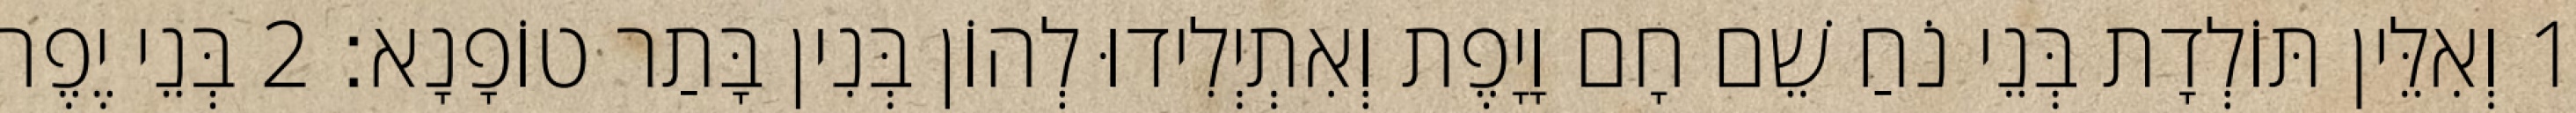
1 וְאִלֵּין תּוֹלְדָת בְּנֵי נֹחַ שֵׁם חָם וָיָפֶת וְאִתְיְלִידוּ לְהוֹן בְּנִין בָּתַר טוֹפָנָא׃ 2 בְּנֵי יֶפֶת